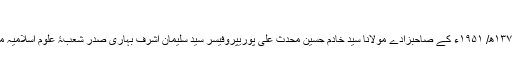
دورانِ تعلیم پیلی بھیت میں آپ کے ہم سبق طلبا میں:
امیرِ ملّت حضرت پیر سیّد جماعت علی شاہ محدّث علی پوری متوفّٰی ۱۳۷۰ھ/ ۱۹۵۱ء کے صاحبزادے مولانا سیّد خادم حسین محدث علی پوریپروفیسر سیّد سلیمان اشرف بہاری صدر شعبۂ علومِ اسلامیہ مسلم یونیورسٹی علی گڑھ اور مولانا فضل حق رحمانی بھی شامل تھے۔